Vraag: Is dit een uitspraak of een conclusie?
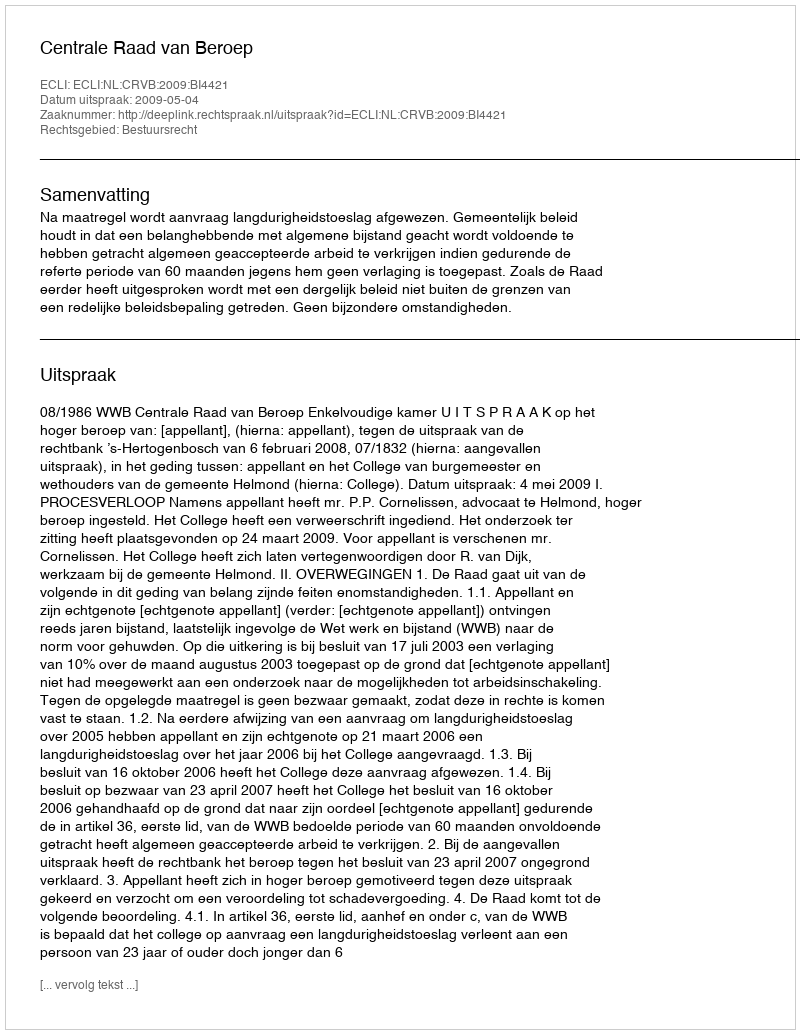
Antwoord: Uitspraak